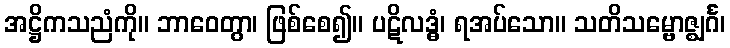
အဋ္ဌိကသညံကို။ ဘာဝေတွာ၊ ဖြစ်စေ၍။ ပဋိလဒ္ဓံ၊ ရအပ်သော။ သတိသမ္ဗောဇ္ဈင်္ဂ၊